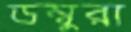
ডম্বুরা